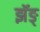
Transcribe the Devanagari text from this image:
झॅङ्